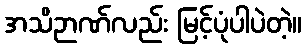
အသိဉာဏ်လည်း မြင့်ပုံပါပဲတဲ့။